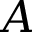
A